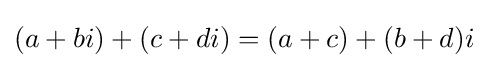
(a+bi)+(c+di)=(a+c)+(b+d)i